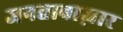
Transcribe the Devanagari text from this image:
जनताबाज़ार